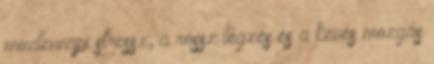
mindennapi stressz, a rossz légzés és a kevés mozgás